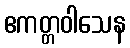
ဧကတ္တဝါသေန